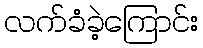
လက်ခံခဲ့ကြောင်း